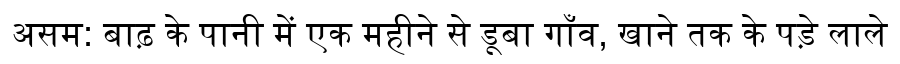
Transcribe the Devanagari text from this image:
असम: बाढ़ के पानी में एक महीने से डूबा गाँव, खाने तक के पड़े लाले